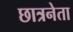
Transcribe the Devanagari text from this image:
छात्रनेता